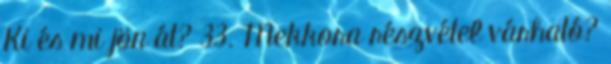
Ki és mi jön át? 33. Mekkora részvétel várható?